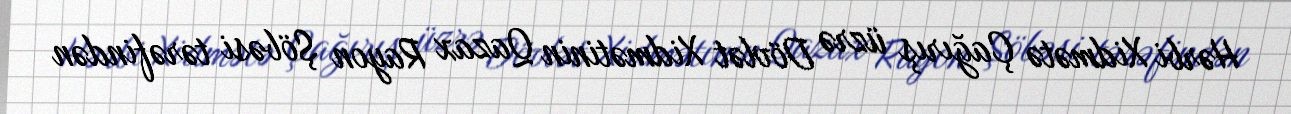
Hərbi Xidmətə Çağırış üzrə Dövlət Xidmətinin Qazax Rayon Şöbəsi tərəfindən